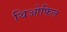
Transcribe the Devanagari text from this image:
थिओफिल